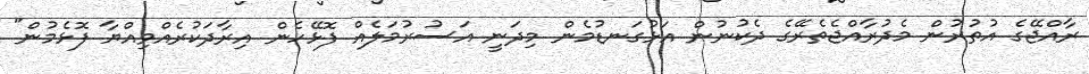
ރާއްޖޭގެ އުތުރުން މެދުރާއްޖެތެރޭގެ ދެކުނުން އަޅުގަނޑުމެން މިދަނީ އަސުރުމަލެއް ފޮޅޭހެން އިރާދަކުރެއްވިއްޔާ ފޮޅެމުން"